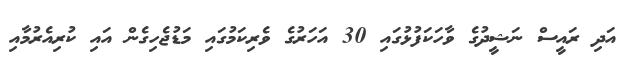
އަދި ރައީސް ނަޝީދުގެ ވާހަކަފުޅުގައި 30 އަހަރުގެ ވެރިކަމުގައި މަޑުޖެހިގެން އައި ކުރިއެރުމާއި